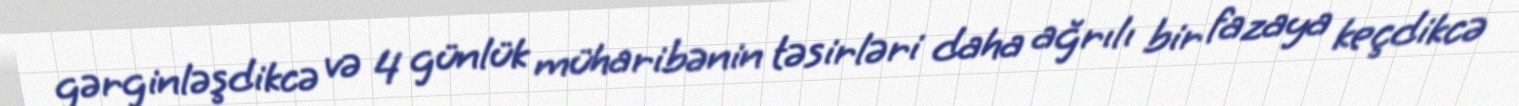
gərginləşdikcə və 4 günlük müharibənin təsirləri daha ağrılı bir fazaya keçdikcə